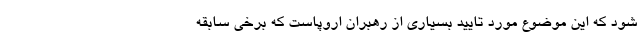
شود که این موضوع مورد تایید بسیاری از رهبران اروپاست که برخی سابقه